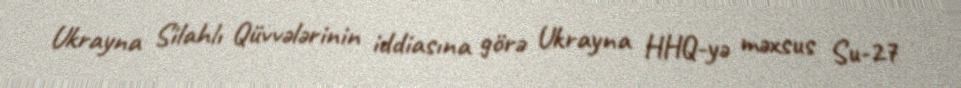
Ukrayna Silahlı Qüvvələrinin iddiasına görə Ukrayna HHQ-yə məxsus Su-27